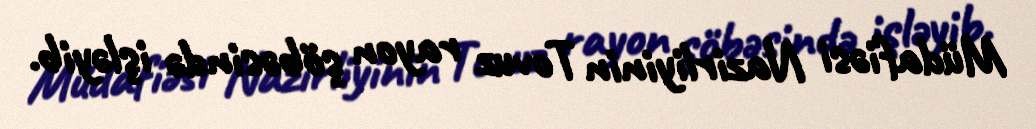
Müdafiəsi Nazirliyinin Tovuz rayon şöbəsində işləyib.